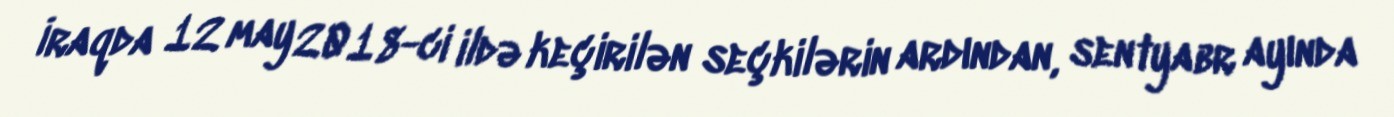
İraqda 12 may 2018-ci ildə keçirilən seçkilərin ardından, sentyabr ayında